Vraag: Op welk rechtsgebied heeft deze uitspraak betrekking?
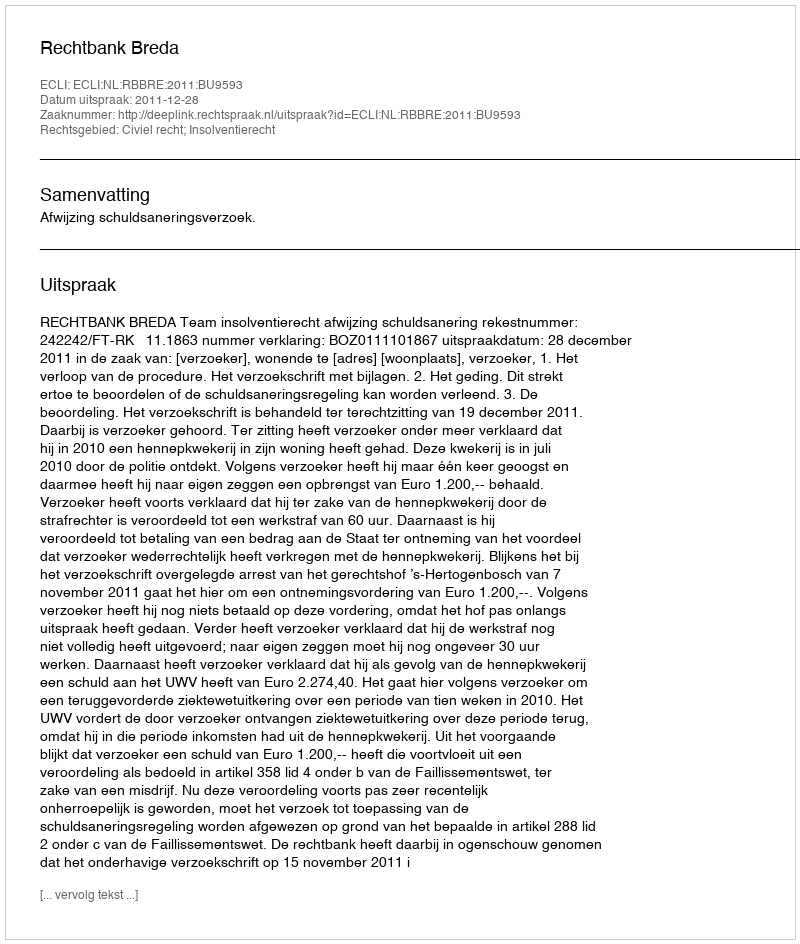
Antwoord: Civiel recht; Insolventierecht